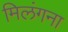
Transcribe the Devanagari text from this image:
मिलंगना